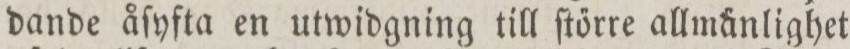
dande åſyfta en utwidgning till ſtőrre allma̋nlighet